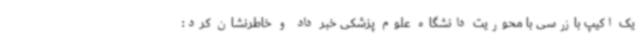
یک اکیپ بازرسی با محوریت دانشگاه علوم پزشکی خبر داد و خاطرنشان کرد: